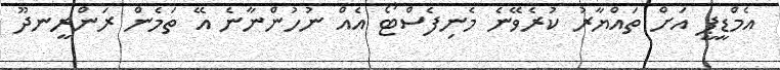
އެމްޑީޕީ އަށް ތައްޔާރު ކުރެވޭނެ މެނިފެސްޓޯ އެއް ނުހުންނާނެ އޭ ތަމެން ރަންރީނދޫ